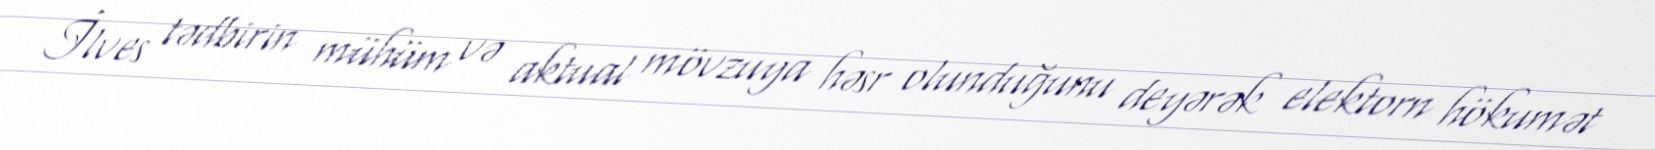
İlves tədbirin mühüm və aktual mövzuya həsr olunduğunu deyərək elektorn hökumət